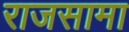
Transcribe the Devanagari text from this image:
राजसामा